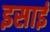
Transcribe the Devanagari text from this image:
इसार्इ